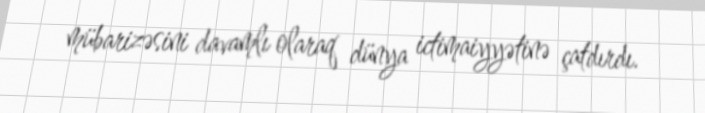
mübarizəsini davamlı olaraq dünya ictimaiyyətinə çatdırdı.